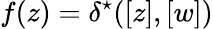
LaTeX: {f(z)=\delta^{\star}([z],[w])}